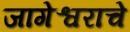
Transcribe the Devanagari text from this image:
जागेश्वराचे